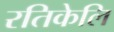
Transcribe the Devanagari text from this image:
रतिकेलि